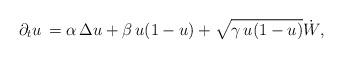
LaTeX: \begin{align*}\partial_t u \,= \alpha\,\Delta u +\beta\,u(1-u) + \sqrt{\gamma\,u(1-u)}\dot{W},\end{align*}